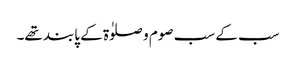
سب کے سب صوم و صلوٰۃ کے پابند تھے۔